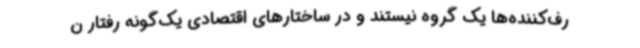
رف‌کننده‌ها یک گروه نیستند و در ساختارهای اقتصادی یک‌گونه رفتار ن